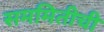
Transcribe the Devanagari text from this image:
सममितीची